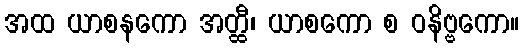
အထ ယာစနကော အတ္ထီ၊ ယာစကော စ ဝနိဗ္ဗကော။